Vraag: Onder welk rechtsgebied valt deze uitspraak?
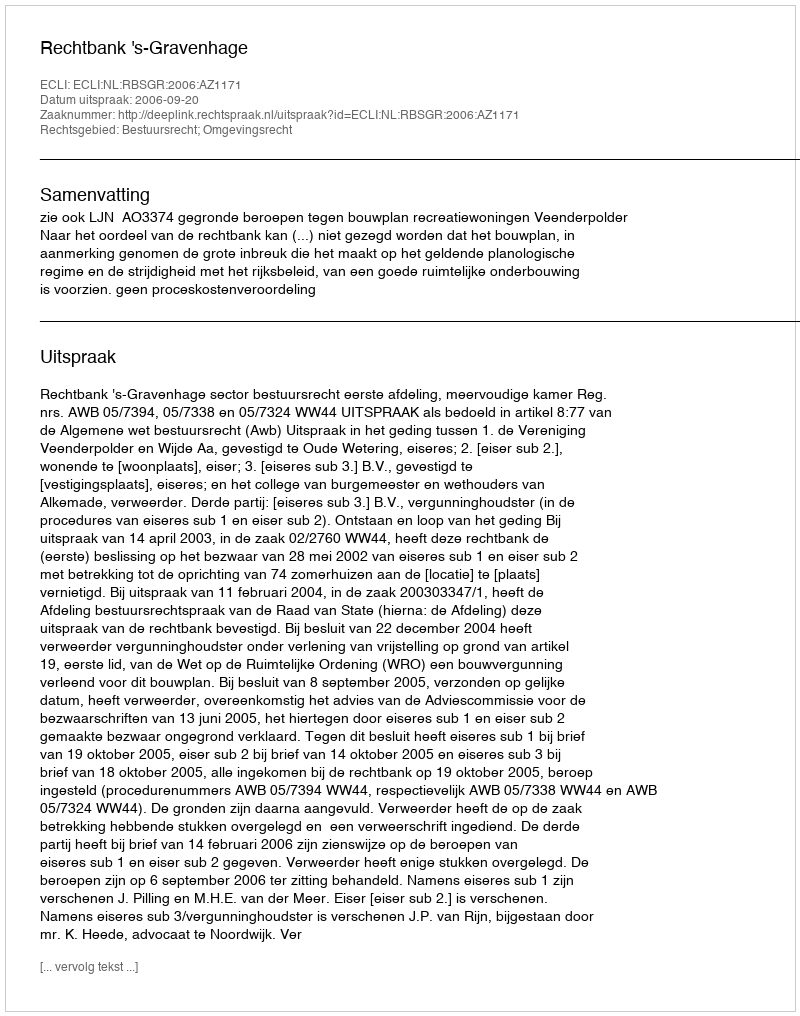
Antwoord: Bestuursrecht; Omgevingsrecht